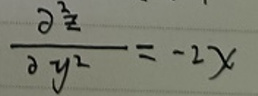
\frac{\partial^{2} z}{\partial y^{2}}=-2x